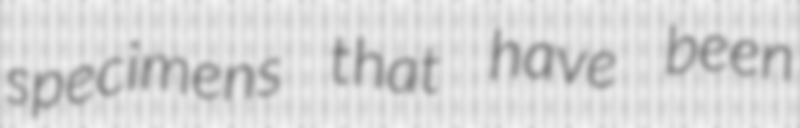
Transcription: specimens that have been